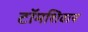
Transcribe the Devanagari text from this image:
टॉमशिवाय